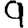
Digit: 9